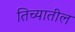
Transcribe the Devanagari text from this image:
तिच्‍यातील